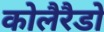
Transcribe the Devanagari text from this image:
कोलैरैडो